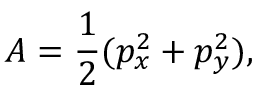
A = \frac 1 2 ( p _ { x } ^ { 2 } + p _ { y } ^ { 2 } ) ,